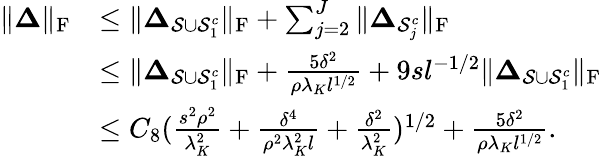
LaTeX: \begin{array}{rl}{\| \boldsymbol{\Delta}\| _{\mathrm{F}}}&{\leq\| \boldsymbol{\Delta}_{\mathcal{S}\cup\mathcal{S}_{1}^{c}}\| _{\mathrm{F}}+\sum_{j=2}^{J}\| \boldsymbol{\Delta}_{\mathcal{S}_{j}^{c}}\| _{\mathrm{F}}}\\ &{\leq\| \boldsymbol{\Delta}_{\mathcal{S}\cup\mathcal{S}_{1}^{c}}\| _{\mathrm{F}}+\frac{5\delta^{2}}{\rho\lambda_{K}l^{1/2}}+9sl^{-1/2}\| \boldsymbol{\Delta}_{\mathcal{S}\cup\mathcal{S}_{1}^{c}}\| _{\mathrm{F}}}\\ &{\leq C_{8}(\frac{s^{2}\rho^{2}}{\lambda_{K}^{2}}+\frac{\delta^{4}}{\rho^{2}\lambda_{K}^{2}l}+\frac{\delta^{2}}{\lambda_{K}^{2}})^{1/2}+\frac{5\delta^{2}}{\rho\lambda_{K}l^{1/2}}.}\end{array}